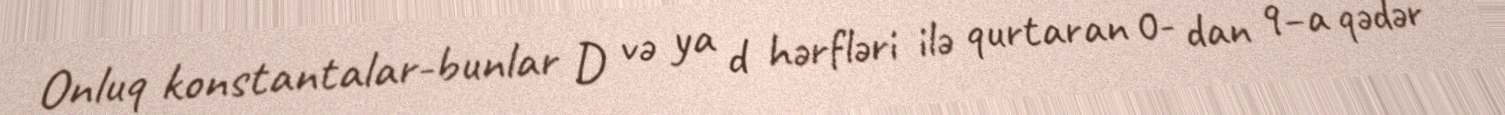
Onluq konstantalar-bunlar D və ya d hərfləri ilə qurtaran 0- dan 9–a qədər